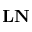
\mathbf { L N }